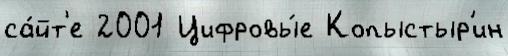
са́йт'е 2001 Цифровы́е Копыстыр'ин